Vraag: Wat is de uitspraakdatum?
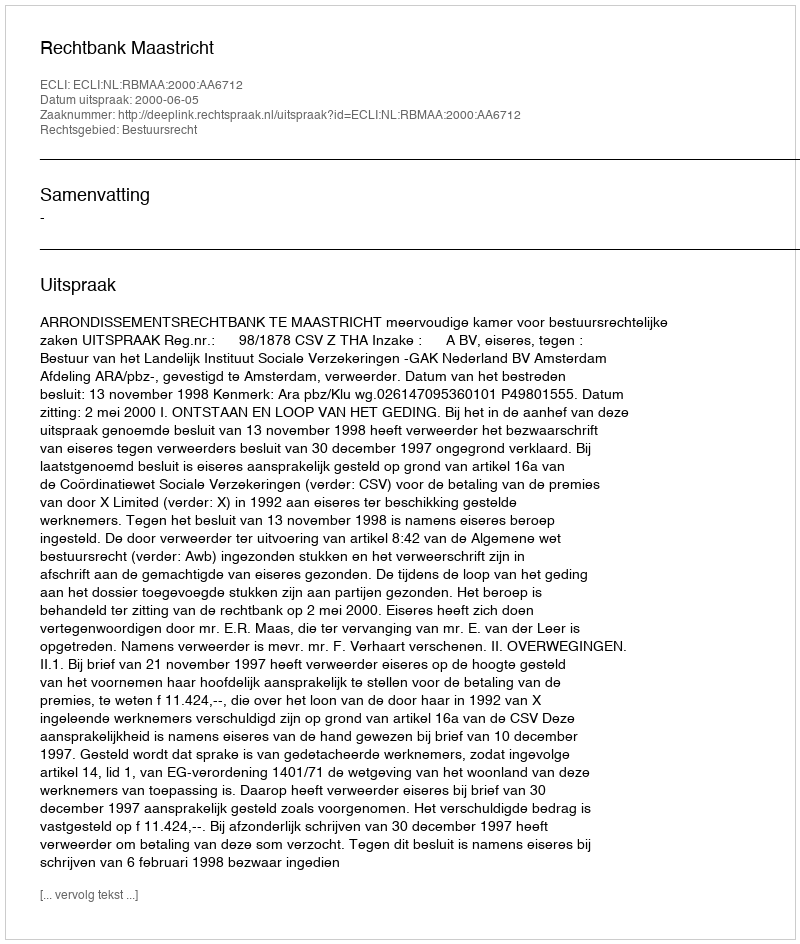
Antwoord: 2000-06-05